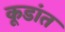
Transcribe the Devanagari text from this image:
कूडांत